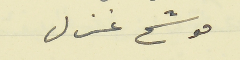
موشح غزل